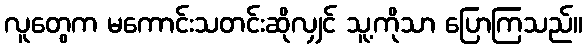
လူတွေက မကောင်းသတင်းဆိုလျှင် သူ့ကိုသာ ပြောကြသည်။